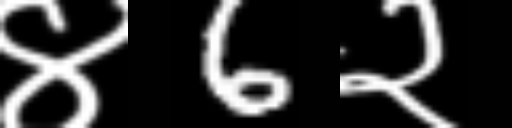
Text: ४6२